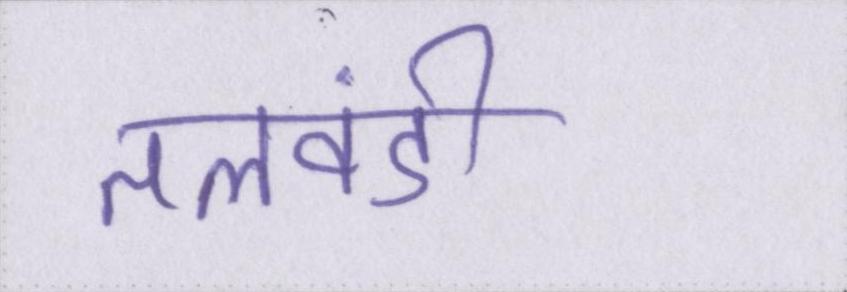
तलवंडी